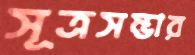
সূত্রসম্ভার